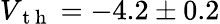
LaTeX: V_{\mathrm{~t~h~}}=-4.2\pm 0.2